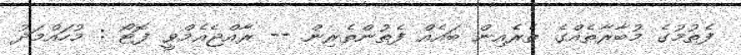
ފެތުމުގެ މުބާރާތެއްގެ ތެރެއިން ބައެއް ފެތުންތެރިން -- ރާއްޖެއެމްވީ ފޮޓޯ : މުހައްމަދު